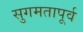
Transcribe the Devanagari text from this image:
सुगमतापूर्व